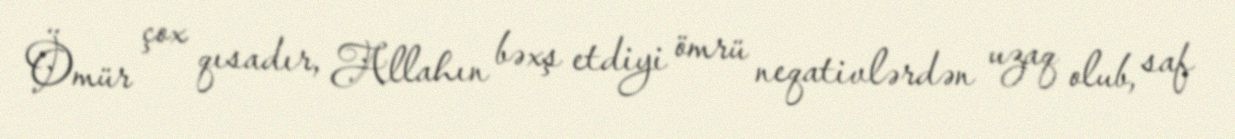
Ömür çox qısadır, Allahın bəxş etdiyi ömrü neqativlərdən uzaq olub, saf